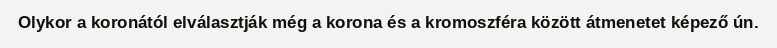
Olykor a koronától elválasztják még a korona és a kromoszféra között átmenetet képező ún.